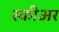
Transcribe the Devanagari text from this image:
स्कीअर